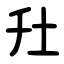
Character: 圱